Indian journal of veterinary science and animal husbandry - Volume 9,
Year: 1939
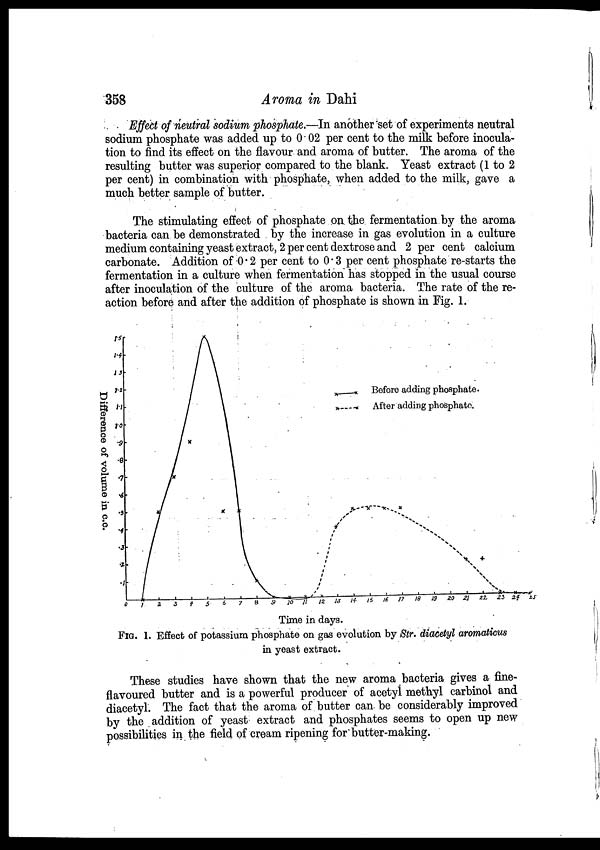
358
Aroma in Dahi
Effect of neutral sodium phosphate.—In another set of experiments neutral
sodium phosphate was added up to 0 02 per cent to the milk before inocula-
tion to find its effect on the flavour and aroma of butter. The aroma of the
resulting butter was superior compared to the blank. Yeast extract (1 to 2
per cent) in combination with phosphate, when added to the milk, gave a
much better sample of butter.
The stimulating effect of phosphate on the fermentation by the aroma
bacteria can be demonstrated by the increase in gas evolution in a culture
medium containing yeast extract, 2 per cent dextrose and 2 per cent calcium
carbonate. Addition of 0.2 per cent to 0.3 per cent phosphate re-starts the
fermentation in a culture when fermentation has stopped in the usual course
after inoculation of the culture of the aroma bacteria. The rate of the re-
action before and after the addition of phosphate is shown in Fig. 1.
FIG. 1. Effect of potassium phosphate on gas evolution by Str. diacetyl aromaticus
in yeast extract.
These studies have shown that the new aroma bacteria gives a fine-
flavoured butter and is a powerful producer of acetyl methyl carbinol and
diacetyl. The fact that the aroma of butter can be considerably improved
by the addition of yeast extract and phosphates seems to open up new
possibilities in the field of cream ripening for butter-making.